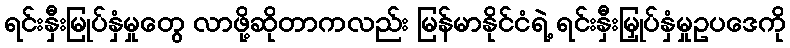
ရင်းနှီးမြုပ်နှံမှုတွေ လာဖို့ဆိုတာကလည်း မြန်မာနိုင်ငံရဲ့ ရင်းနှီးမြှုပ်နှံမှုဥပဒေကို